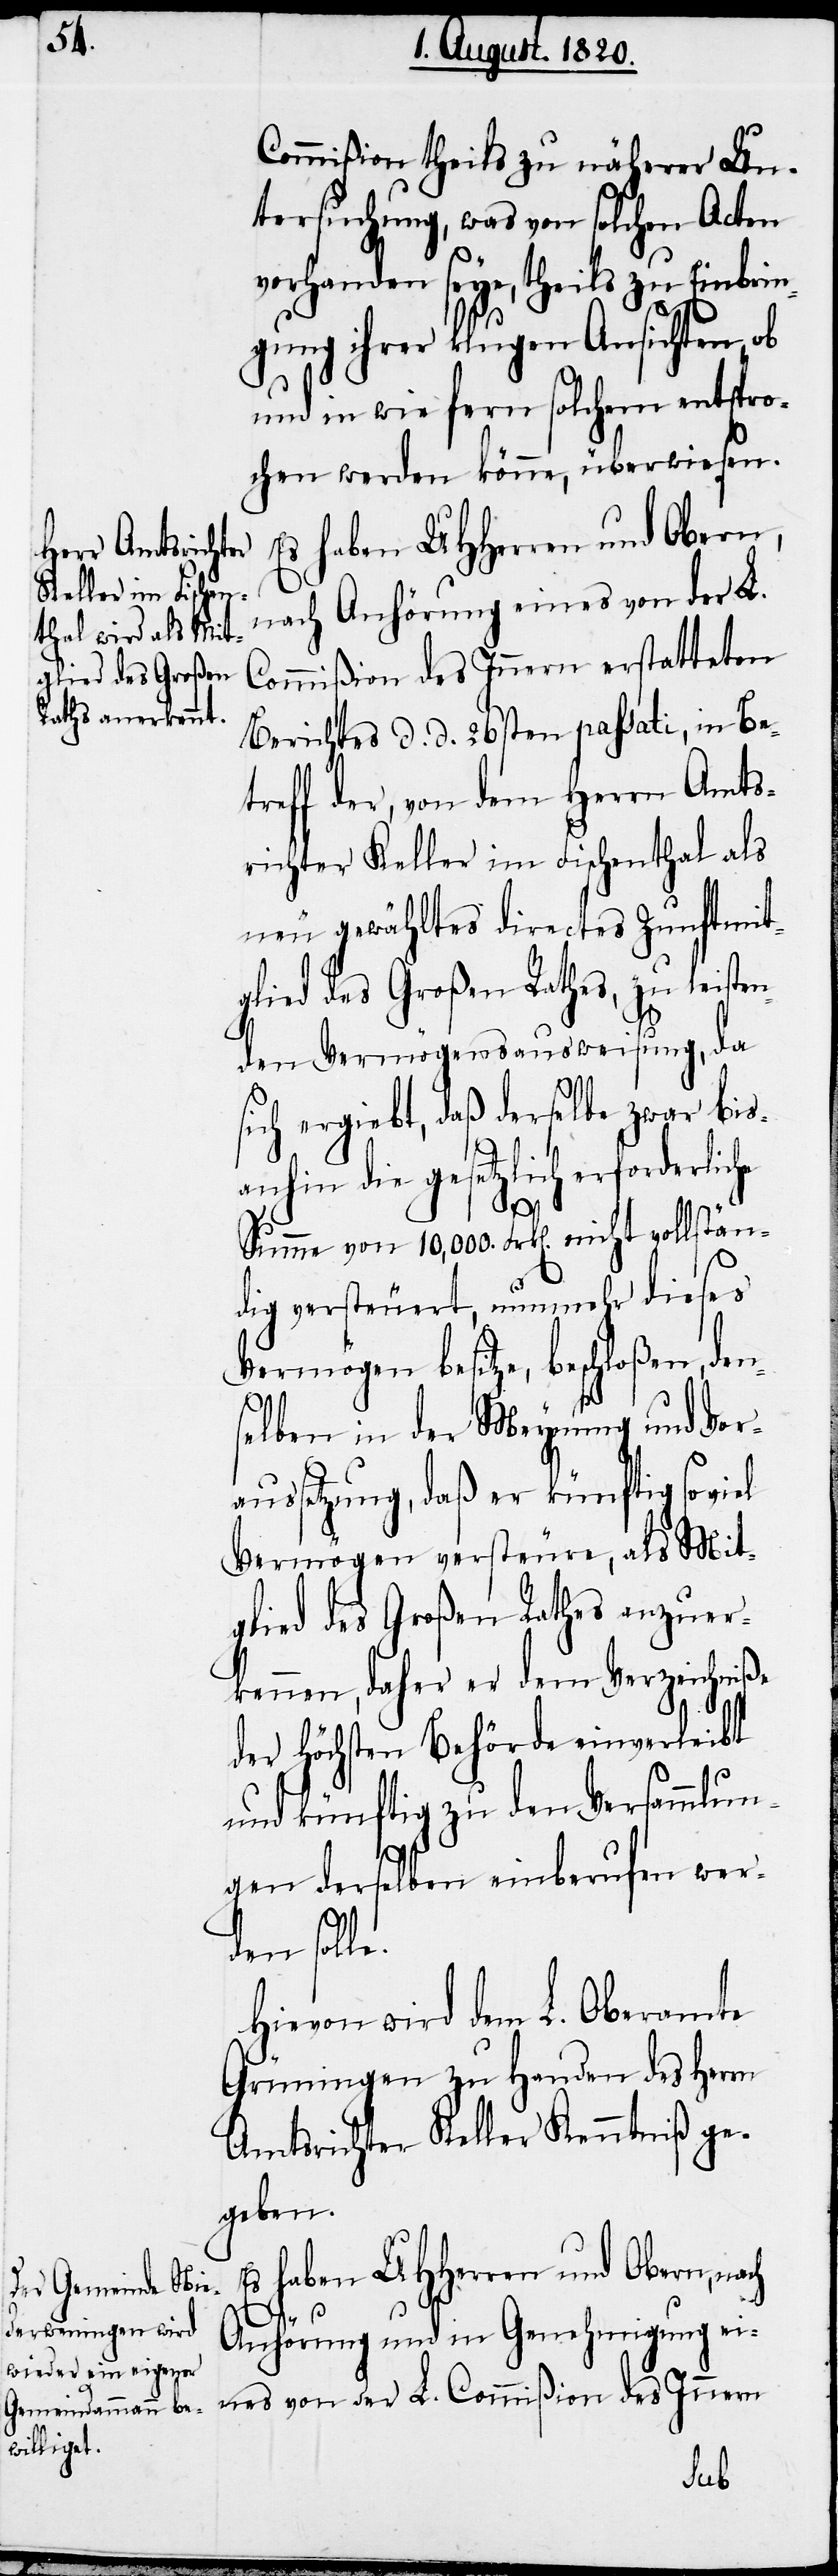
Commißion theils zu näherer Un¬
tersuchung, was von solchen Acten
vorhanden seye, theils zu Einbrin¬
gung ihrer klugen Ansichten, ob
und in wie fern solchem entspro¬
chen werden könne, überwiesen.
Es haben UHHerren und Obern,
nach Anhörung eines von der L.
Commißion des Innern erstatteten
Berichtes d. d. 26sten passati, in Be¬
treff der, von dem Herrn Amts¬
richter Keller im Fischenthal als
neu gewähltes directes Zunftmit¬
glied des Großen Rathes, zu leiste¬
nden Vermögensausweisung, da
sich ergiebt, daß derselbe zwar bis¬
anhin die gesetzlich erforderliche
Summe von 10,000. Frk[en]. nicht vollstän¬
dig versteuert, nunmehr dieses
Vermögen besitze, beschloßen, den¬
selben in der Meynung und Vor¬
aussetzung, daß er künftig so viel
Vermögen versteure, als Mit¬
glied des Großen Rathes anzuer¬
kennen, daher er dem Verzeichniß
der höchsten Behörde einverleibt
und künftig zu den Versammlun¬
gen derselben einberufen wer¬
den solle.
Hievon wird dem L. Oberamte
Grüningen zu Handen des Herrn
Amtsrichter Keller Kenntniß ge¬
geben.
Anhörung und in Genehmigung ei¬
nes von der L. Commißion des Innern
nach